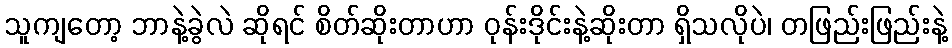
သူကျတော့ ဘာနဲ့ခွဲလဲ ဆိုရင် စိတ်ဆိုးတာဟာ ဝုန်းဒိုင်းနဲ့ဆိုးတာ ရှိသလိုပဲ၊ တဖြည်းဖြည်းနဲ့